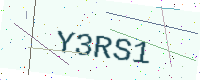
Text: Y3RS1